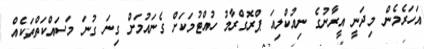
އަހަރެމެން މިދަނީ އީރާނުގެ ނިއުކްލިއަ ޕްރޮގްރާމު ހުއްޓުމަކަށް ގެނައުމަށް ގިނަ ގުނަ މަސައްކަތްތަކެއް